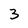
Character: 3